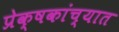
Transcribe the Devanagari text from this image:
प्रेक्षकांच्यात